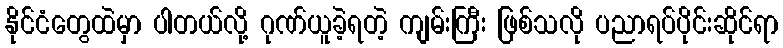
နိုင်ငံတွေထဲမှာ ပါတယ်လို့ ဂုဏ်ယူခဲ့ရတဲ့ ကျမ်းကြီး ဖြစ်သလို ပညာရပ်ပိုင်းဆိုင်ရာ